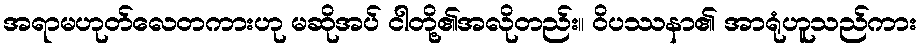
အရာမဟုတ်လေတကားဟု မဆိုအပ် ငါတို့၏အလိုတည်း။ ဝိပဿနာ၏ အာရုံဟူသည်ကား